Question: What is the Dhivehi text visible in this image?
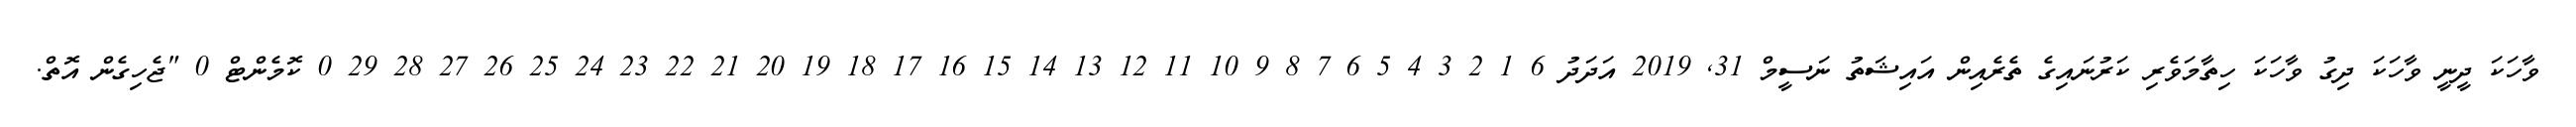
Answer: ވާހަކަ ދީނީ ވާހަކަ ދިގު ވާހަކަ ހިތާމަވެރި ކަރުނައިގެ ތެރެއިން އައިޝަތު ނަސީމް 31, 2019 އަދަދު 6 1 2 3 4 5 6 7 8 9 10 11 12 13 14 15 16 17 18 19 20 21 22 23 24 25 26 27 28 29 0 ކޮމެންޓް 0 "ޖެހިގެން އޮތް.